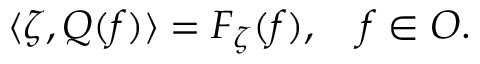
\langle \zeta , Q ( f ) \rangle = F _ { \zeta } ( f ) , \quad f \in { \cal O } .